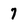
Character: 7